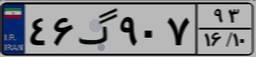
۴۶گ۹۰۷۹۳